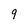
Character: 9